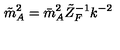
\tilde { m } _ { A } ^ { 2 } = \bar { m } _ { A } ^ { 2 } \tilde { Z } _ { F } ^ { - 1 } k ^ { - 2 }